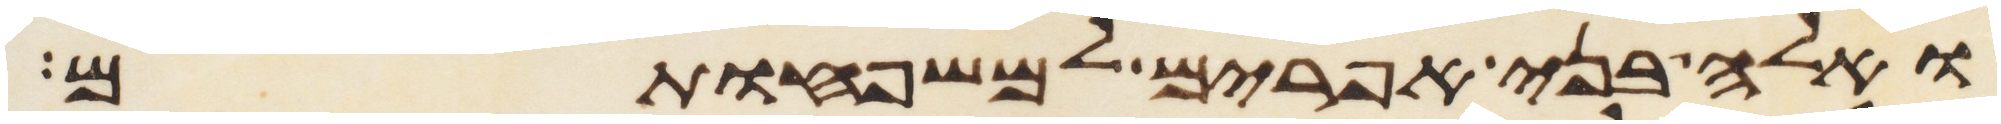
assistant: ואלה בני אפרים למשפחותם